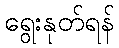
ရွေးနုတ်ရန်